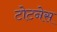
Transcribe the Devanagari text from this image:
टोटनेस